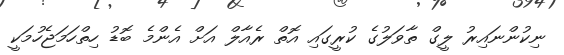
ނިކުންނައިރު ލީގް ތާވަލުގެ ކުރީގައި އޮތް ރެއާލް އަށް އެންމެ ބޮޑު ހިތްހަމަޖެހުމަކީ